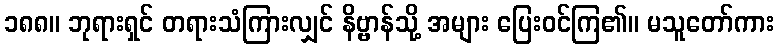
၁၈၈။ ဘုရားရှင် တရားသံကြားလျှင် နိဗ္ဗာန်သို့ အများ ပြေးဝင်ကြ၏။ မသူတော်ကား